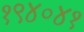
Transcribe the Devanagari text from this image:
१९४०४१